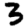
Digit: 3